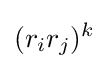
(r_{i}r_{j})^{k}